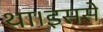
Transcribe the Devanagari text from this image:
था।इससे